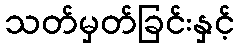
သတ်မှတ်ခြင်းနှင့်